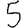
Digit: 5